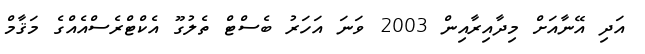
އަދި އޭނާއަށް މިދާއިރާއިން 2003 ވަނަ އަހަރު ބެސްޓް ތެލުގޫ އެކްޓްރެސްއެއްގެ މަޤާމް